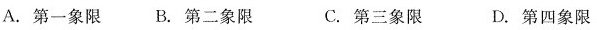
A.第一象限 B.第二象限 C.第三象限 D.第四象限